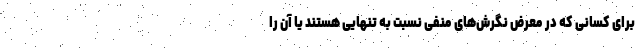
برای کسانی که در معرض نگرش‌های منفی نسبت به تنهایی هستند یا آن را